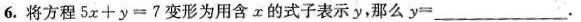
6.将方程$$5 x + y = 7$$变形为用含r的式子表示y，那么$$y = ___$$.